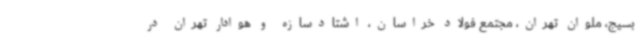
بسیج، ملوان تهران، مجتمع فولاد خراسان، اشتادسازه و هوادار تهران در